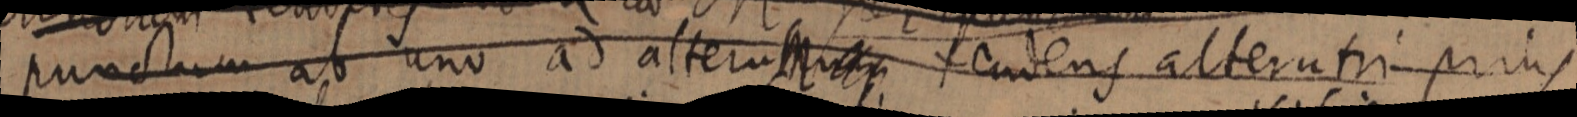
punctum ab uno ad alterum _ tendens alterutri prius